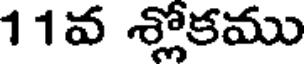
11వ శ్లోకము